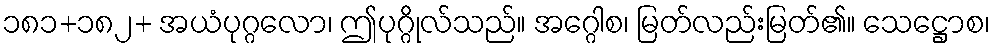
၁၈၁+၁၈၂+ အယံပုဂ္ဂလော၊ ဤပုဂ္ဂိုလ်သည်။ အဂ္ဂေါစ၊ မြတ်လည်းမြတ်၏။ သေဋ္ဌောစ၊